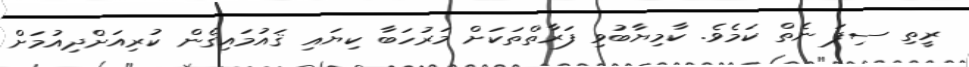
ރީތި ސިފަ ނެތް ކަމެވެ. ކާމިޔާބުވި ފަރާތްތަކަށް މަރުހަބާ ކިޔައި ޤައުމައިގެން ކުރިއަށްދިއުމަށް